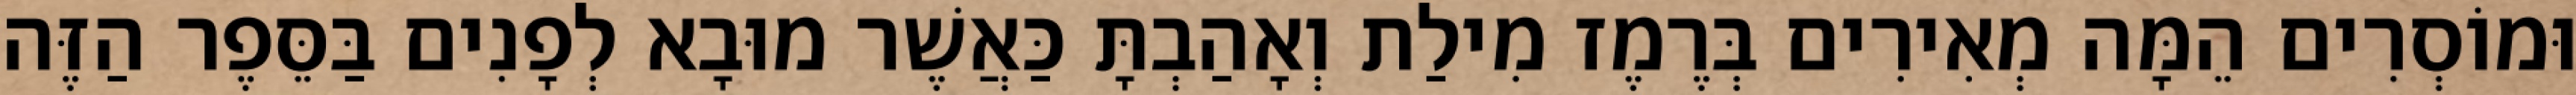
וּמוֹסְרִים הֵמָּה מְאִירִים בְּרֶמֶז מִילַת וְאָהַבְתָּ כַּאֲשֶׁר מוּבָא לְפָנִים בַּסֵּפֶר הַזֶּה